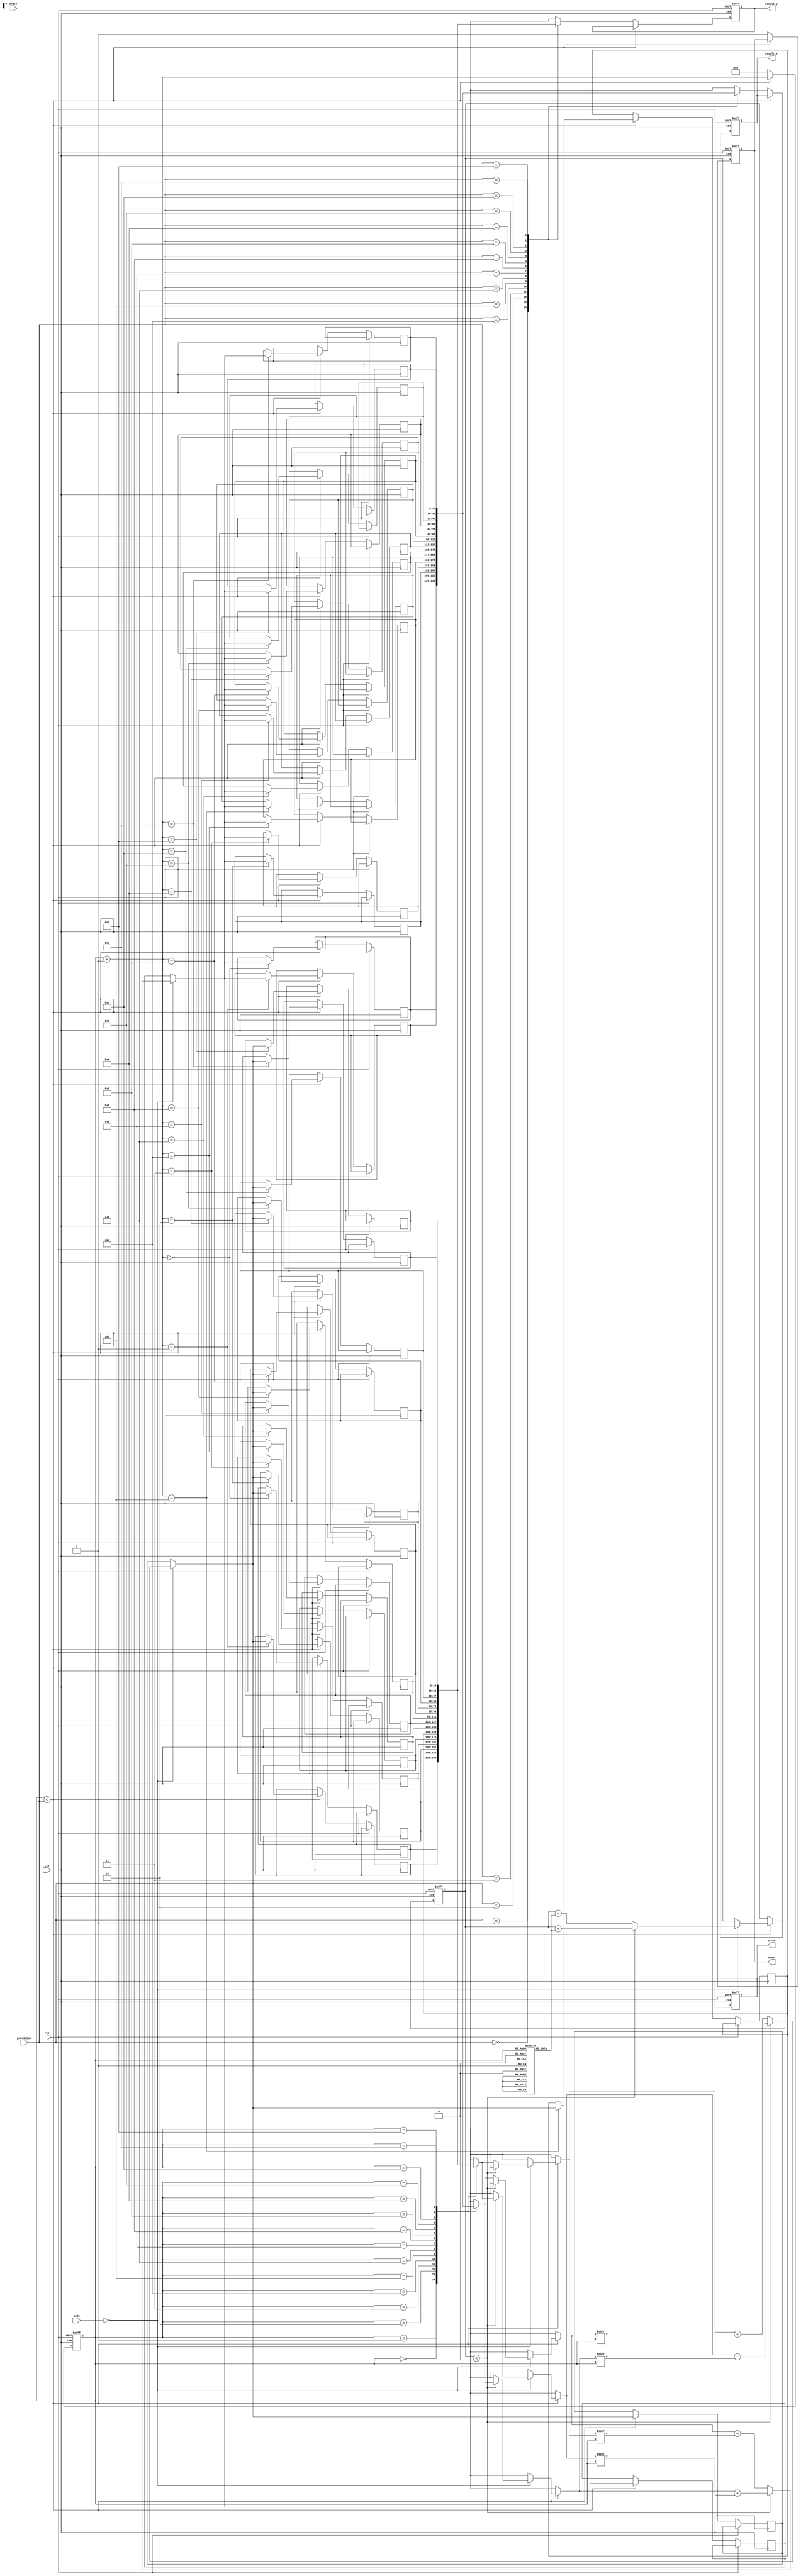
module adaptive_cordic (
    input wire clk,
    input wire rst,
    input wire [15:0] angle, // Fixed-point representation of the angle
    input wire [1:0] mode,   // 0: rotation, 1: vectoring
    input wire [3:0] precision, // Number of iterations (1 to 15)
    output reg [15:0] result_x, // X coordinate after rotation
    output reg [15:0] result_y, // Y coordinate after rotation
    output reg done,          // Completion flag
    output reg error          // Error flag
);

    // CORDIC parameters
    parameter NUM_ITERATIONS = 15;
    reg [15:0] x[0:NUM_ITERATIONS-1]; // X coordinates
    reg [15:0] y[0:NUM_ITERATIONS-1]; // Y coordinates
    reg [15:0] z[0:NUM_ITERATIONS-1]; // Angle values
    reg [3:0] iter; // Current iteration counter
    reg [15:0] angle_reg; // Register to hold the angle
    reg [15:0] x_temp, y_temp; // Temporary variables for calculations

    // Lookup table for arctangent values (fixed-point)
    reg [15:0] atan_table[0:NUM_ITERATIONS-1];

    // Initialize the arctangent lookup table
    initial begin
        atan_table[0] = 16'h3243; // atan(2^-0)
        atan_table[1] = 16'h1DAC; // atan(2^-1)
        atan_table[2] = 16'h1A62; // atan(2^-2)
        atan_table[3] = 16'h0F9F; // atan(2^-3)
        atan_table[4] = 16'h07E4; // atan(2^-4)
        atan_table[5] = 16'h03E8; // atan(2^-5)
        atan_table[6] = 16'h01FB; // atan(2^-6)
        atan_table[7] = 16'h00FF; // atan(2^-7)
        atan_table[8] = 16'h007F; // atan(2^-8)
        atan_table[9] = 16'h003F; // atan(2^-9)
        atan_table[10] = 16'h001F; // atan(2^-10)
        atan_table[11] = 16'h000F; // atan(2^-11)
        atan_table[12] = 16'h0007; // atan(2^-12)
        atan_table[13] = 16'h0003; // atan(2^-13)
        atan_table[14] = 16'h0001; // atan(2^-14)
    end

    // Control Unit
    always @(posedge clk or posedge rst) begin
        if (rst) begin
            iter <= 0;
            result_x <= 16'h0000;
            result_y <= 16'h0000;
            done <= 0;
            error <= 0;
            angle_reg <= 0;
        end else if (iter < precision) begin
            // CORDIC iteration logic
            if (mode == 2'b00) begin // Rotation mode
                if (angle_reg < 0) begin
                    x_temp = x[iter] + (y[iter] >>> iter);
                    y_temp = y[iter] - (x[iter] >>> iter);
                    angle_reg = angle_reg + atan_table[iter];
                end else begin
                    x_temp = x[iter] - (y[iter] >>> iter);
                    y_temp = y[iter] + (x[iter] >>> iter);
                    angle_reg = angle_reg - atan_table[iter];
                end
            end else begin // Vectoring mode
                // Similar logic for vectoring mode can be implemented here
            end

            // Update coordinates
            x[iter + 1] <= x_temp;
            y[iter + 1] <= y_temp;
            angle_reg <= angle_reg;

            iter <= iter + 1;
        end else begin
            // Final results
            result_x <= x[precision];
            result_y <= y[precision];
            done <= 1;
            iter <= 0; // Reset for next operation
        end
    end

endmodule